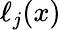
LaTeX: \ell_{j}(x)